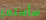
سأستمع